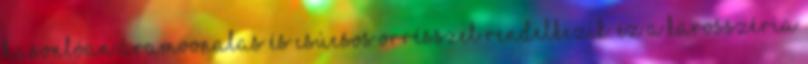
hasonlóan áramvonalas és csúcsos orrésszel rendelkezik. Ez a karosszéria